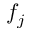
f _ { j }